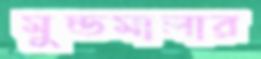
মুন্ডমালার